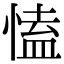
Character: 㥺